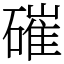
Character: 磪